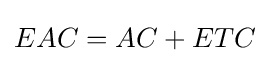
{\begin{aligned}EAC=AC+ETC\end{aligned}}